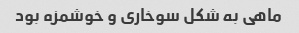
ماهی به شکل سوخاری و خوشمزه بود